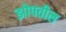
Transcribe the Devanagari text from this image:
झोपतील